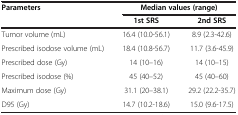
<table><thead><tr><td><b>Parameters</b></td><td colspan="2"><b>Median values (range)</b></td></tr><tr><td><b> </b></td><td><b>1st SRS</b></td><td><b>2nd SRS</b></td></tr></thead><tbody><tr><td>Tumor volume (mL)</td><td>16.4 (10.0-56.1)</td><td>8.9 (2.3-42.6)</td></tr><tr><td>Prescribed isodose volume (mL)</td><td>18.4 (10.8-56.7)</td><td>11.7 (3.6-45.9)</td></tr><tr><td>Prescribed dose (Gy)</td><td>14 (10–16)</td><td>14 (10–15)</td></tr><tr><td>Prescribed isodose (%)</td><td>45 (40–52)</td><td>45 (40–60)</td></tr><tr><td>Maximum dose (Gy)</td><td>31.1 (20–38.1)</td><td>29.2 (22.2-35.7)</td></tr><tr><td>D95 (Gy)</td><td>14.7 (10.2-18.6)</td><td>15.0 (9.6-17.5)</td></tr></tbody></table>